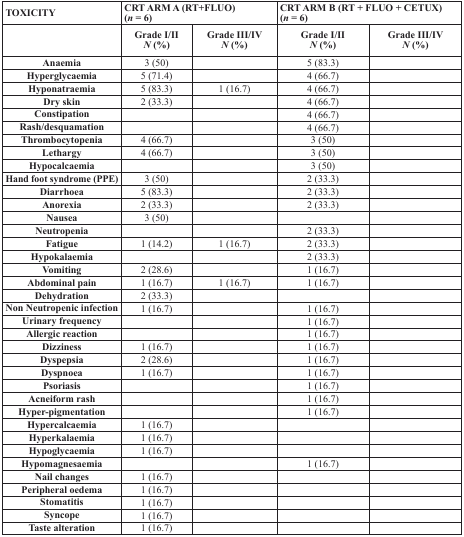
<table><thead><tr><td><b>TOXICITY</b></td><td colspan="2"><b>CRT ARM A (RT+FLUO) (<i>n</i> = 6)</b></td><td colspan="2"><b>CRT ARM B (RT + FLUO + CETUX) (<i>n</i> = 6)</b></td></tr><tr><td></td><td><b>Grade I/II <i>N</i> (%)</b></td><td><b>Grade III/IV <i>N</i> (%)</b></td><td><b>Grade I/II <i>N</i> (%)</b></td><td><b>Grade III/IV <i>N</i> (%)</b></td></tr></thead><tbody><tr><td><b>Anaemia</b></td><td>3 (50)</td><td></td><td>5 (83.3)</td><td></td></tr><tr><td><b>Hyperglycaemia</b></td><td>5 (71.4)</td><td></td><td>4 (66.7)</td><td></td></tr><tr><td><b>Hyponatraemia</b></td><td>5 (83.3)</td><td>1 (16.7)</td><td>4 (66.7)</td><td></td></tr><tr><td><b>Dry skin</b></td><td>2 (33.3)</td><td></td><td>4 (66.7)</td><td></td></tr><tr><td><b>Constipation</b></td><td></td><td></td><td>4 (66.7)</td><td></td></tr><tr><td><b>Rash/desquamation</b></td><td></td><td></td><td>4 (66.7)</td><td></td></tr><tr><td><b>Thrombocytopenia</b></td><td>4 (66.7)</td><td></td><td>3 (50)</td><td></td></tr><tr><td><b>Lethargy</b></td><td>4 (66.7)</td><td></td><td>3 (50)</td><td></td></tr><tr><td><b>Hypocalcaemia</b></td><td></td><td></td><td>3 (50)</td><td></td></tr><tr><td><b>Hand foot syndrome (PPE)</b></td><td>3 (50)</td><td></td><td>2 (33.3)</td><td></td></tr><tr><td><b>Diarrhoea</b></td><td>5 (83.3)</td><td></td><td>2 (33.3)</td><td></td></tr><tr><td><b>Anorexia</b></td><td>2 (33.3)</td><td></td><td>2 (33.3)</td><td></td></tr><tr><td><b>Nausea</b></td><td>3 (50)</td><td></td><td></td><td></td></tr><tr><td><b>Neutropenia</b></td><td></td><td></td><td>2 (33.3)</td><td></td></tr><tr><td><b>Fatigue</b></td><td>1 (14.2)</td><td>1 (16.7)</td><td>2 (33.3)</td><td></td></tr><tr><td><b>Hypokalaemia</b></td><td></td><td></td><td>2 (33.3)</td><td></td></tr><tr><td><b>Vomiting</b></td><td>2 (28.6)</td><td></td><td>1 (16.7)</td><td></td></tr><tr><td><b>Abdominal pain</b></td><td>1 (16.7)</td><td>1 (16.7)</td><td>1 (16.7)</td><td></td></tr><tr><td><b>Dehydration</b></td><td>2 (33.3)</td><td></td><td></td><td></td></tr><tr><td><b>Non Neutropenic infection</b></td><td>1 (16.7)</td><td></td><td>1 (16.7)</td><td></td></tr><tr><td><b>Urinary frequency</b></td><td></td><td></td><td>1 (16.7)</td><td></td></tr><tr><td><b>Allergic reaction</b></td><td></td><td></td><td>1 (16.7)</td><td></td></tr><tr><td><b>Dizziness</b></td><td>1 (16.7)</td><td></td><td>1 (16.7)</td><td></td></tr><tr><td><b>Dyspepsia</b></td><td>2 (28.6)</td><td></td><td>1 (16.7)</td><td></td></tr><tr><td><b>Dyspnoea</b></td><td>1 (16.7)</td><td></td><td>1 (16.7)</td><td></td></tr><tr><td><b>Psoriasis</b></td><td></td><td></td><td>1 (16.7)</td><td></td></tr><tr><td><b>Acneiform rash</b></td><td></td><td></td><td>1 (16.7)</td><td></td></tr><tr><td><b>Hyper-pigmentation</b></td><td></td><td></td><td>1 (16.7)</td><td></td></tr><tr><td><b>Hypercalcaemia</b></td><td>1 (16.7)</td><td></td><td></td><td></td></tr><tr><td><b>Hyperkalaemia</b></td><td>1 (16.7)</td><td></td><td></td><td></td></tr><tr><td><b>Hypoglycaemia</b></td><td>1 (16.7)</td><td></td><td></td><td></td></tr><tr><td><b>Hypomagnesaemia</b></td><td></td><td></td><td>1 (16.7)</td><td></td></tr><tr><td><b>Nail changes</b></td><td>1 (16.7)</td><td></td><td></td><td></td></tr><tr><td><b>Peripheral oedema</b></td><td>1 (16.7)</td><td></td><td></td><td></td></tr><tr><td><b>Stomatitis</b></td><td>1 (16.7)</td><td></td><td></td><td></td></tr><tr><td><b>Syncope</b></td><td>1 (16.7)</td><td></td><td></td><td></td></tr><tr><td><b>Taste alteration</b></td><td>1 (16.7)</td><td></td><td></td><td></td></tr></tbody></table>